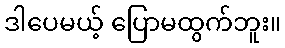
ဒါပေမယ့် ပြောမထွက်ဘူး။